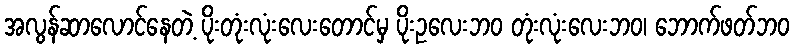
အလွန်ဆာလောင်နေတဲ့ ပိုးတုံးလုံးလေးတောင်မှ ပိုးဥလေးဘဝ တုံးလုံးလေးဘဝ၊ ဘောက်ဖတ်ဘဝ